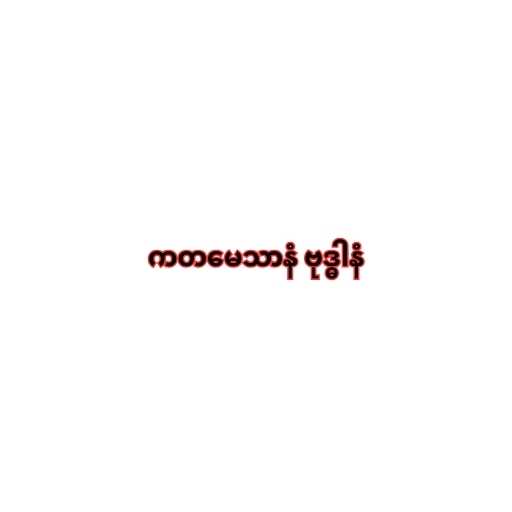
ကတမေသာနံ ဗုဒ္ဓါနံ